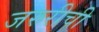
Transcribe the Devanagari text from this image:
जरुरीची